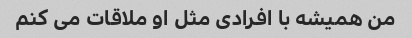
من همیشه با افرادی مثل او ملاقات می کنم